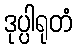
ဒုပ္ပါရုတံ